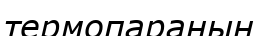
термопараның